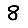
Digit: 8